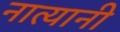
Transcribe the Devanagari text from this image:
नात्यानी